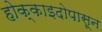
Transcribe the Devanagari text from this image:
होक्काइदोपासून